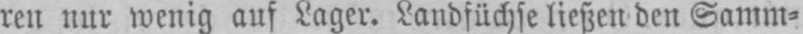
ren nur wenig auf Lager. Landfüchse ließen den Samm⸗